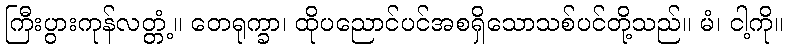
ကြီးပွားကုန်လတ္တံ့။ တေရုက္ခာ၊ ထိုပညောင်ပင်အစရှိသောသစ်ပင်တို့သည်။ မံ၊ ငါ့ကို။